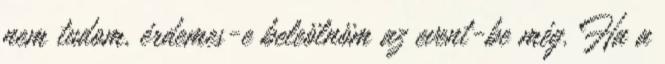
nem tudom, érdemes-e beleölnöm az event-be még. Ha a